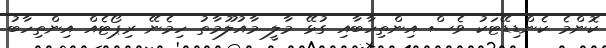
ކޮންމެ ކެންޑިޑޭޓަކު ވެސް އިންތިހާބާއި ގުޅޭ މާލީ މާއުލޫމާތު ހިމެނޭ ރިޕޯޓެއް އިންތިހާބު